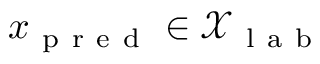
x _ { \mathrm { ~ p ~ r ~ e ~ d ~ } } \in \mathcal { X } _ { \mathrm { ~ l ~ a ~ b ~ } }